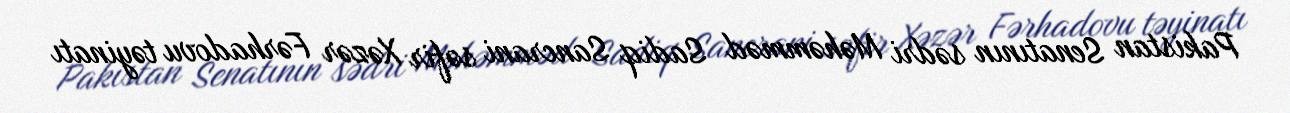
Pakistan Senatının sədri Məhəmməd Sadiq Sancrani səfir Xəzər Fərhadovu təyinatı